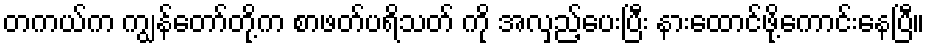
တကယ်က ကျွန်တော်တို့က စာဖတ်ပရိသတ် ကို အလှည့်ပေးပြီး နားထောင်ဖို့ကောင်းနေပြီ။